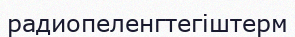
радиопеленгтегіштерм